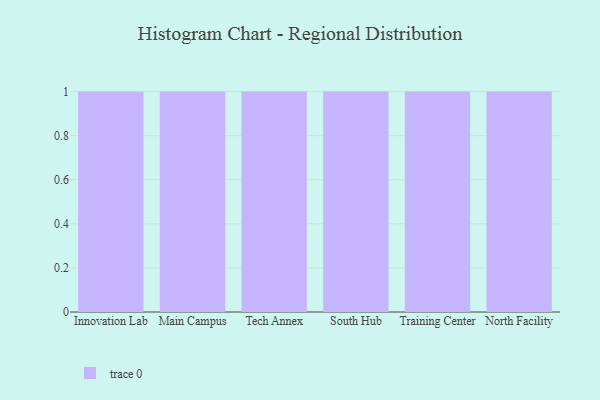
{"axis": {"x": "Campus", "y": "LTV (USD)"}, "legend": [""], "data": [{"x": "Innovation Lab", "y": 56, "type": ""}, {"x": "Main Campus", "y": 13, "type": ""}, {"x": "Tech Annex", "y": 2, "type": ""}, {"x": "South Hub", "y": 87, "type": ""}, {"x": "Training Center", "y": 33, "type": ""}, {"x": "North Facility", "y": 52, "type": ""}]}